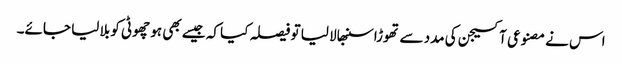
اس نے مصنوعی آکسیجن کی مدد سے تھوڑا سنبھالا لیا تو فیصلہ کیا کہ جیسے بھی ہو چھوٹی کو بلا لیا جائے۔